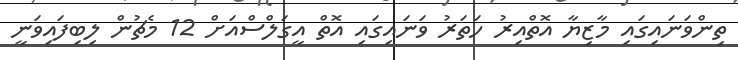
ތިންވަނައިގައި މާޒިޔާ އޮތްއިރު ހަތަރު ވަނައިގައި އޮތް އީގަލްސްއަށް 12 މެޗުން ލިބިފައިވަނީ